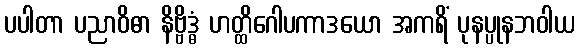
ပပါတာ ပညာဝိဓာ နိဗ္ဗိဒ္ဓံ ဟတ္ထိဂေါပကာဒယော အကရိံ ပုနပ္ပုနဘဝါယ